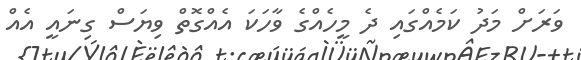
ވަރަށް މަދު ކަމެއްގައި ދެ މީހެއްގެ ވާހަކަ އެއްގޮތް ވިޔަސް ގިނައީ އެއް